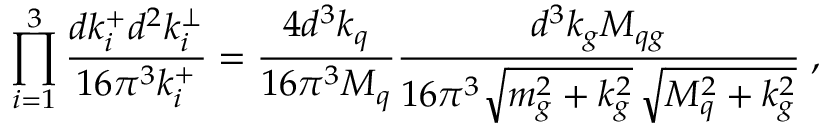
\prod _ { i = 1 } ^ { 3 } { \frac { d k _ { i } ^ { + } d ^ { 2 } k _ { i } ^ { \perp } } { 1 6 \pi ^ { 3 } k _ { i } ^ { + } } } = { \frac { 4 d ^ { 3 } k _ { q } } { 1 6 \pi ^ { 3 } { \cal M } _ { q } } } { \frac { d ^ { 3 } k _ { g } { \cal M } _ { q g } } { 1 6 \pi ^ { 3 } \sqrt { m _ { g } ^ { 2 } + k _ { g } ^ { 2 } } \, \sqrt { { \cal M } _ { q } ^ { 2 } + k _ { g } ^ { 2 } } } } \; ,